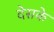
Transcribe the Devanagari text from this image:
देसके